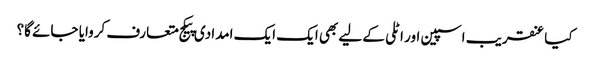
کیا عنقریب اسپین اور اٹلی کے لیے بھی ایک ایک امدادی پیکج متعارف کروایا جائے گا؟